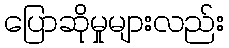
ပြောဆိုမှုများလည်း